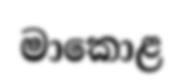
මාකොළ